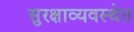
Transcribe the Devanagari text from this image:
सुरक्षाव्यवस्थेत